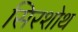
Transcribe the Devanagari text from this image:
सिरशोथ